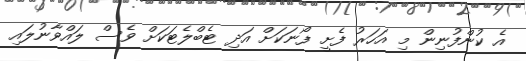
އެ ކުންފުނިން މި އަހަރު ފެށީ ފޯނަކަށް އަދި ޓެބްލެޓަކަށް ވެސް ލައްވާނުލައި